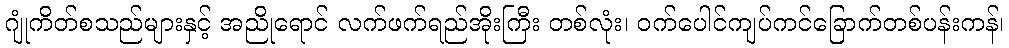
ဂျုံကိတ်စသည်များနှင့် အညိုရောင် လက်ဖက်ရည်အိုးကြီး တစ်လုံး၊ ဝက်ပေါင်ကျပ်ကင်ခြောက်တစ်ပန်းကန်၊